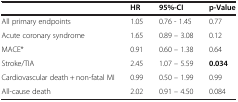
|  | HR | 95%-CI | p-Value |
 | --- | --- | --- | --- |
 | All primary endpoints | 1.05 | 0.76 - 1.45 | 0.77 |
 | Acute coronary syndrome | 1.65 | 0.89 – 3.08 | 0.12 |
 | MACE* | 0.91 | 0.60 – 1.38 | 0.64 |
 | Stroke/TIA | 2.45 | 1.07 – 5.59 | 0.034 |
 | Cardiovascular death + non-fatal MI | 0.99 | 0.50 – 1.99 | 0.99 |
 | All-cause death | 2.02 | 0.91 – 4.50 | 0.084 |